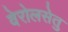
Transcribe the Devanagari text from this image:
वेरोलसेतु